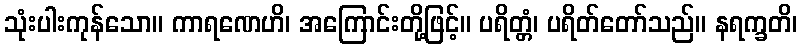
သုံးပါးကုန်သော။ ကာရဏေဟိ၊ အကြောင်းတို့ဖြင့်။ ပရိတ္တံ၊ ပရိတ်တော်သည်။ နရက္ခတိ၊